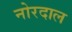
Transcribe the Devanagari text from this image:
नोरदाल